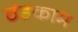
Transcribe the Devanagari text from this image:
ठंडकाम